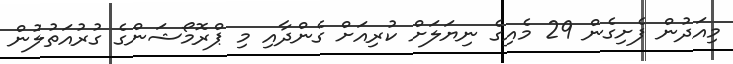
މިއަދުން ފެށިގެން 29 މެއިގެ ނިޔަލަށް ކުރިއަށް ގެންދާއި މި ޕްރޮމޯޝަންގެ ގުރުއަތުލުން